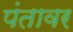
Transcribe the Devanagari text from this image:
पंतावर